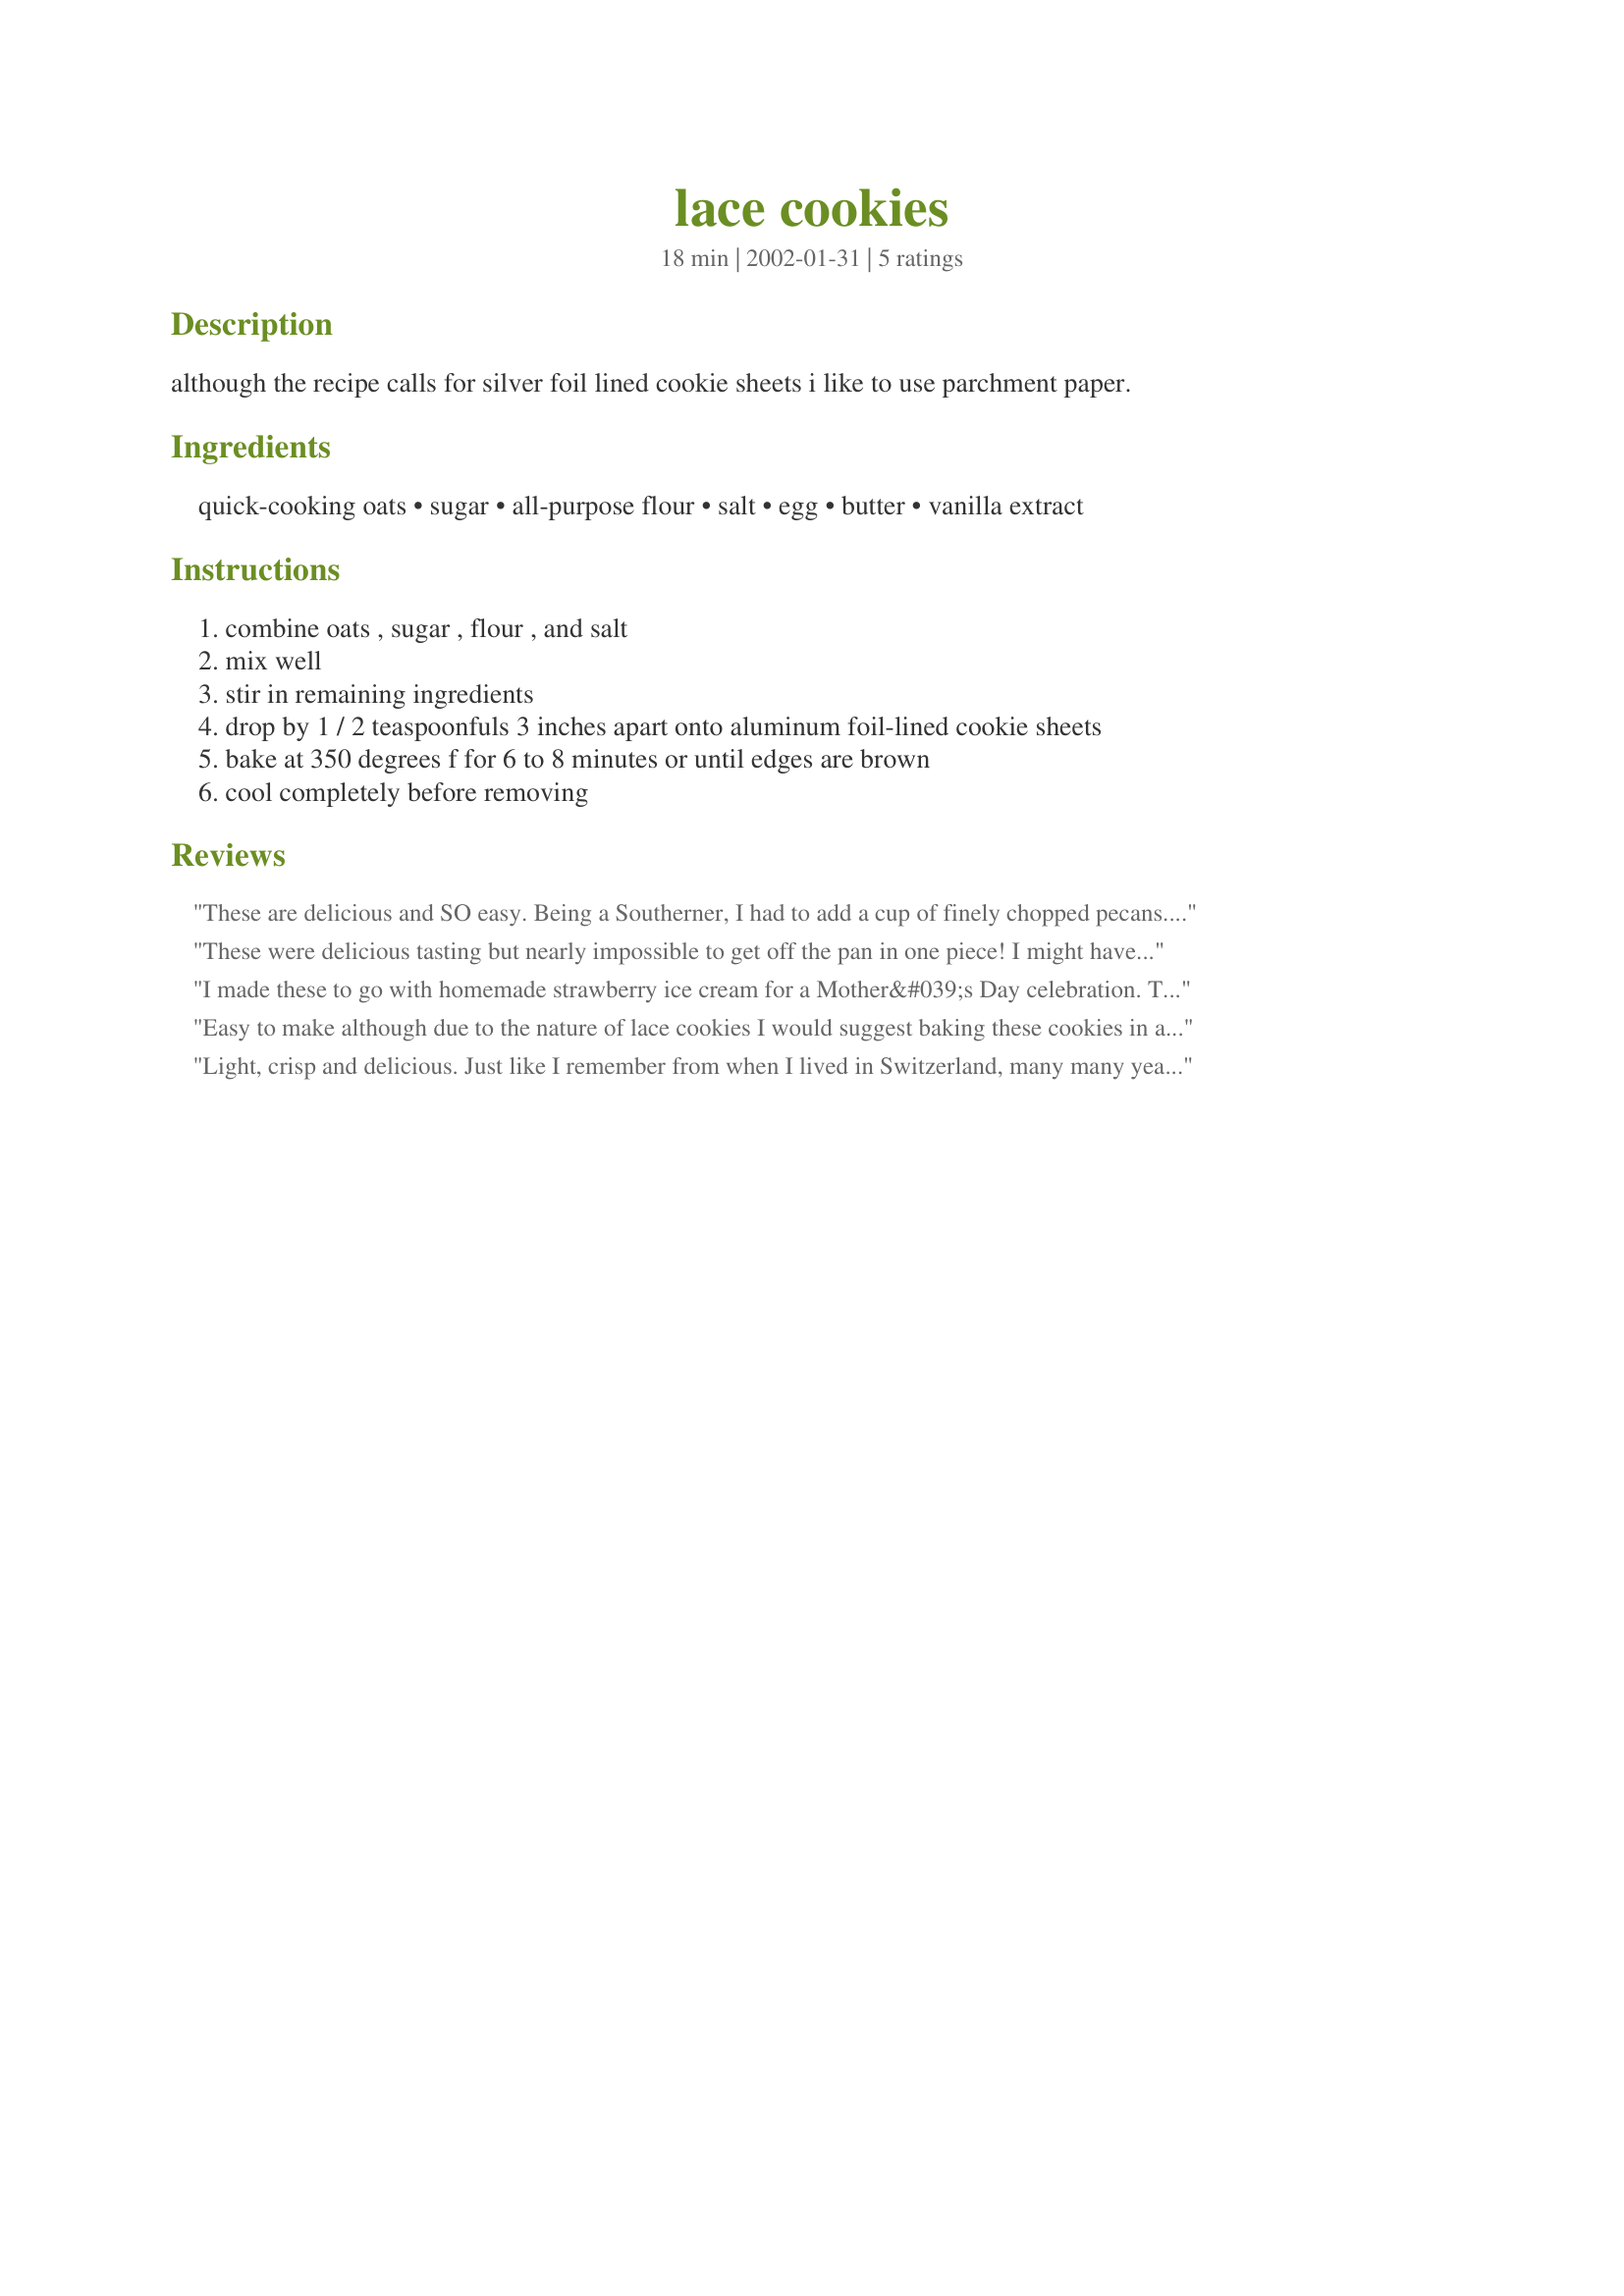
lace cookies
Preparation time: 18 minutes

although the recipe calls for silver foil lined cookie sheets i like to use parchment paper.

Ingredients:
quick-cooking oats, sugar, all-purpose flour, salt, egg, butter, vanilla extract

Steps:
combine oats , sugar , flour , and salt, mix well, stir in remaining ingredients, drop by 1 / 2 teaspoonfuls 3 inches apart onto aluminum foil-lined cookie sheets, bake at 350 degrees f for 6 to 8 minutes or until edges are brown, cool completely before removing

Reviews:
These are delicious and SO easy. Being a Southerner, I had to add a cup of finely chopped pecans. You may think a 1/2 teaspoon of dough isn't enough but they spread a lot. Ovens vary and I had to cook them about 12 minutes to get the golden brown color. I baked them to bring to a Super Bowl party and I'm worried that my husband will eat them all before we leave the house!
These were delicious tasting but nearly impossible to get off the pan in one piece! I might have made them too big, which would explain it! So keep 'em small! I liked this enough to try again soon.
I made these to go with homemade strawberry ice cream for a Mother&#039;s Day celebration. They were delicious! So light and crisp. Everyone raved about them. Next time I may add some finely chopped pecans as someone else suggested. Or maybe some cinnamon. They didn&#039;t last long and I have been asked to make them again. Be sure to line the baking sheet with parchment paper.
Easy to make although due to the
nature of lace cookies I would suggest baking these cookies in an UNPREHEATED oven to avoid burning. I had on hand only enough quick cooking oats for half the amount indicated therefore had to use at least 1/2 cup of old fashioned oats with no problems. These cookies will be served with homemade fig ice cream and I can't wait to try them
together. Thanks again, Mirj-another winner from you!

CG
Light, crisp and delicious. Just like I remember from when I lived in Switzerland, many many years ago. I preferred to use 1 tablespoon of dough per cookie which translated into a cookie about 3" in diameter. I also tried rolling the cookies around the handle of a wooden spoon as soon as they came out of the oven (I can remember some like these with some chocolate drizzledover them); but I think I prefer the lightness of the single layer thinner cookie.
